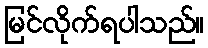
မြင်လိုက်ရပါသည်။